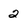
Character: 2